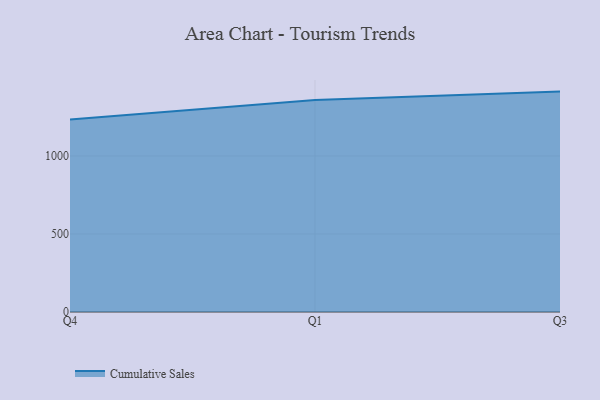
{"axis": {"x": "Quarter", "y": "Demand Index"}, "legend": ["Cumulative Sales"], "data": [{"x": "Q4", "y": 1233.4, "type": "Cumulative Sales"}, {"x": "Q1", "y": 1358.3, "type": "Cumulative Sales"}, {"x": "Q3", "y": 1412.3, "type": "Cumulative Sales"}]}